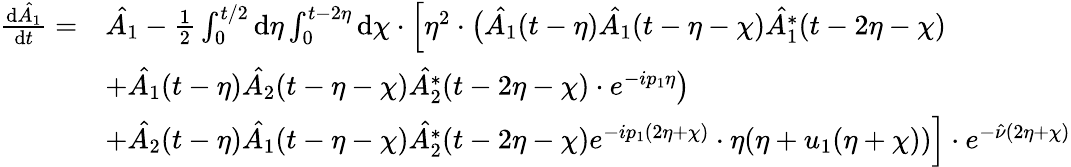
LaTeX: \begin{array}{rl}{\frac{\mathrm{d}\hat{A_{1}}}{\mathrm{d}t}=}&{\hat{A_{1}}-\frac{1}{2}\int_{0}^{t/2}\mathrm{d}\eta\int_{0}^{t-2\eta}\mathrm{d}\chi\cdot\Bigl[\eta^{2}\cdot\bigl(\hat{A_{1}}(t-\eta)\hat{A_{1}}(t-\eta-\chi)\hat{A_{1}^{*}}(t-2\eta-\chi)}\\ &{+\hat{A_{1}}(t-\eta)\hat{A_{2}}(t-\eta-\chi)\hat{A_{2}^{*}}(t-2\eta-\chi)\cdot e^{-ip_{1}\eta}\bigr)}\\ &{+\hat{A_{2}}(t-\eta)\hat{A_{1}}(t-\eta-\chi)\hat{A_{2}^{*}}(t-2\eta-\chi)e^{-ip_{1}(2\eta+\chi)}\cdot\eta(\eta+u_{1}(\eta+\chi))\Bigr]\cdot e^{-\hat{\nu}(2\eta+\chi)}}\end{array}